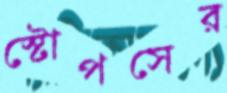
স্টোপসের